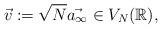
LaTeX: \begin{align*}\vec{v}:=\sqrt{N}\vec{a_{\infty}}\in V_N(\mathbb{R}),\end{align*}